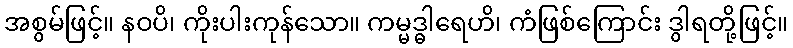
အစွမ်ဖြင့်။ နဝပိ၊ ကိုးပါးကုန်သော။ ကမ္မဒ္ဓါရေဟိ၊ ကံဖြစ်ကြောင်း ဒွါရတို့ဖြင့်။